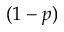
( 1 - p )